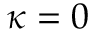
\kappa = 0